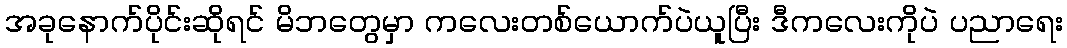
အခုနောက်ပိုင်းဆိုရင် မိဘတွေမှာ ကလေးတစ်ယောက်ပဲယူပြီး ဒီကလေးကိုပဲ ပညာရေး